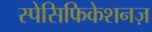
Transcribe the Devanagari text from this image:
स्पेसिफिकेशनज़